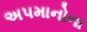
અપમાનોના